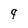
Character: 9